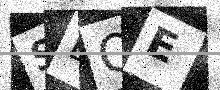
Text: SEQE